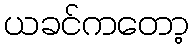
ယခင်ကတော့